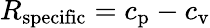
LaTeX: R_{\mathrm{{specific}}}=c_{\mathrm{{p}}}-c_{\mathrm{{v}}}